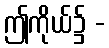
ဤကိုယ်၌ -